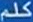
كلم